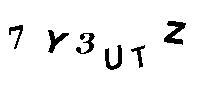
7Y3UTZ